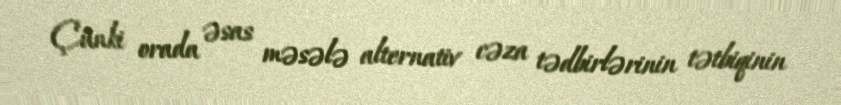
Çünki orada əsas məsələ alternativ cəza tədbirlərinin tətbiqinin